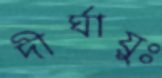
দীর্ঘায়ুঃ